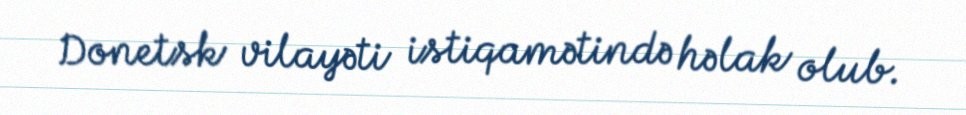
Donetsk vilayəti istiqamətində həlak olub.